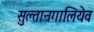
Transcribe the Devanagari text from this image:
सुल्तानगालियेव